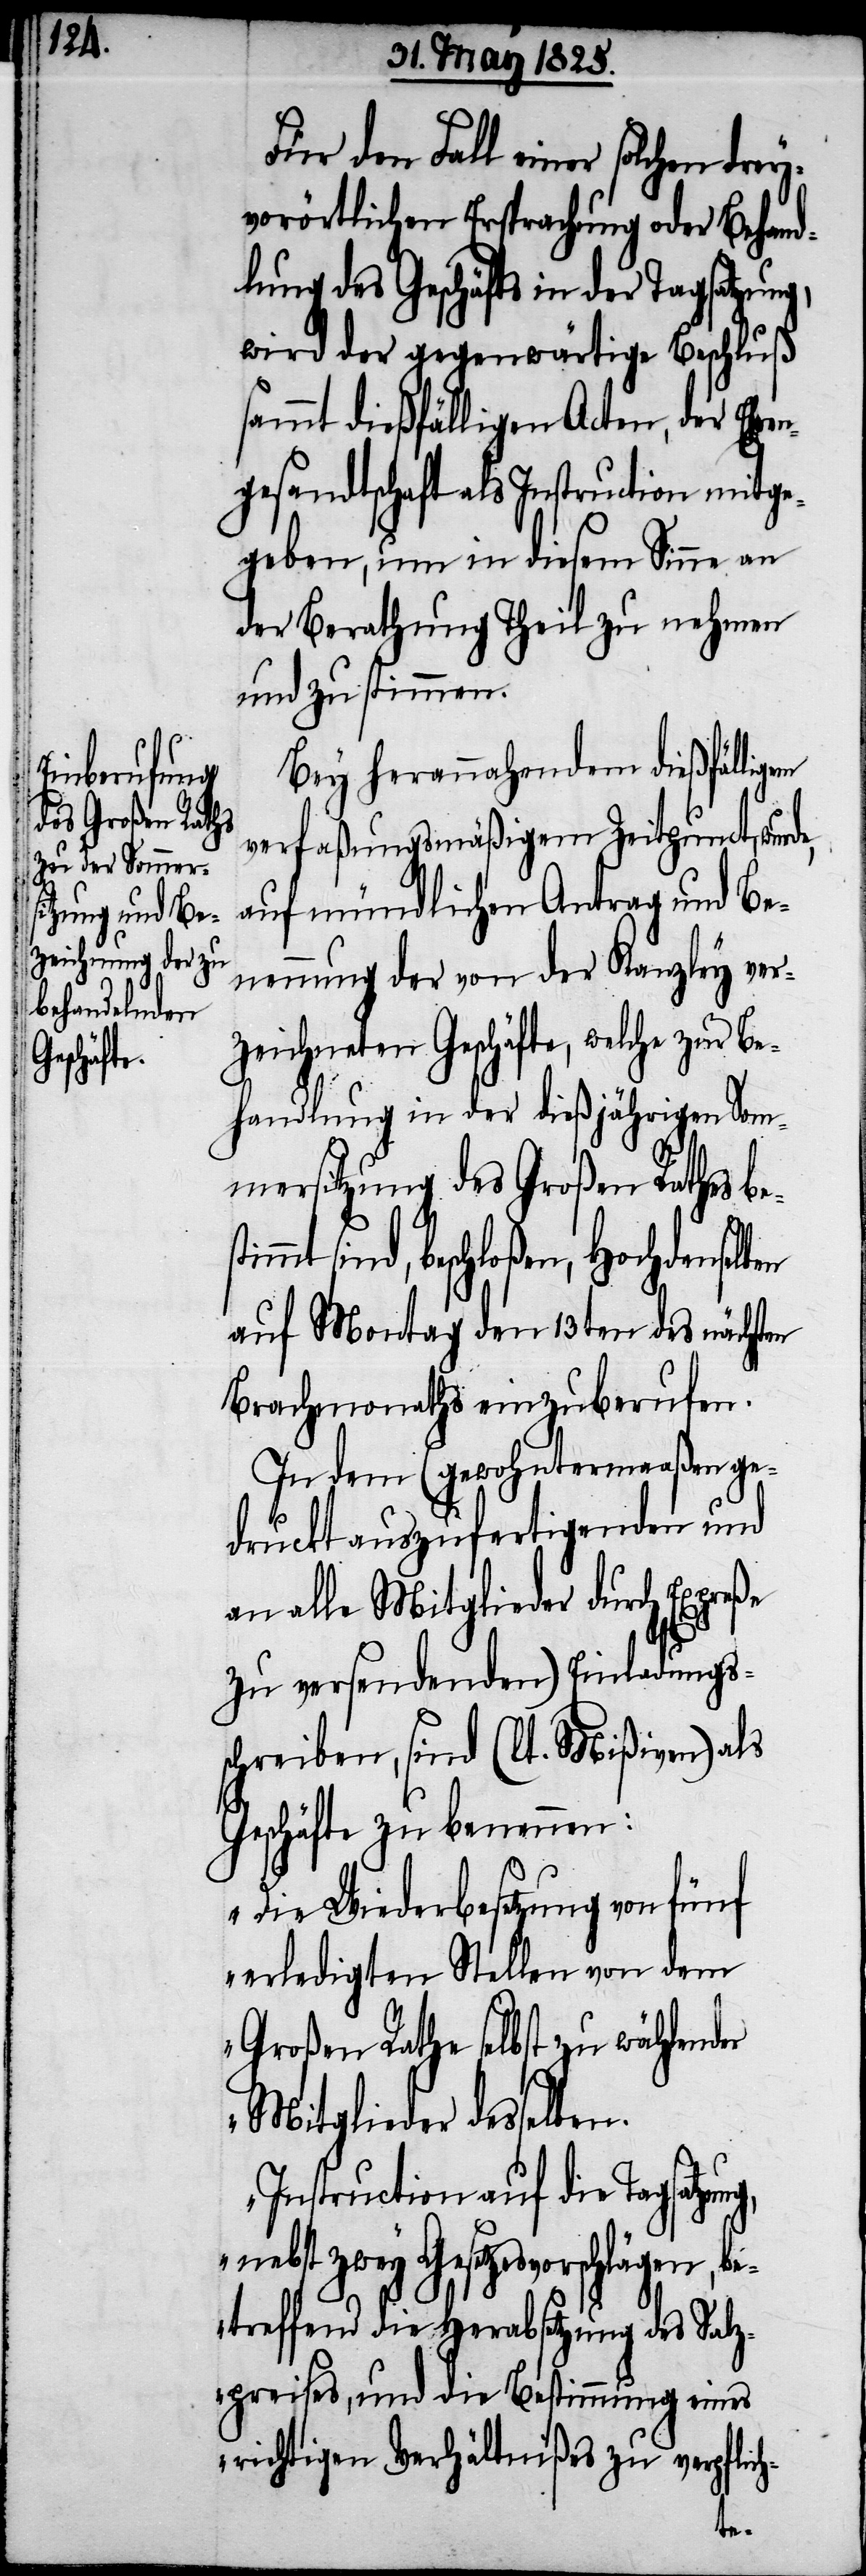
Für den Fall einer solchen
dreyörtlichen Ersprachung oder Behand¬
lung des Geschäfts in der Tagsatzung,
wird der gegenwärtige Beschluß
sammt dießfälligen Acten, der Ehre¬
ngesandtschaft als Instruction mitge¬
geben, um in diesem Sinne an
der Berathung Theil zu nehmen
und zu stimmen.
Bey herannahendem dießfälligem
verfaßungsmäßigem Zeitpunct, wur¬
auf mündlichen Antrag und Be¬
nennung der von der Kanzley ver¬
zeichneten Geschäfte, welche zur Be¬
handlung in der dießjährigen Som¬
mersitzung des Großen Rathes
sind, beschloßen, Hochdemselben
auf Montag den 13ten des nächsten
Brachmonaths einzuberufen.
In dem (gewohntermaßen ge¬
druckt auszufertigenden und
an alle Mitglieder durch Expreße
zu versendenden) Einladungss¬
chreiben, sind (lt. Mißiven) als
Geschäfte zu benennen:
„Die Wiederbesetzung von fünf
erledigten Stellen von dem
Großen Rathe selbst zu wählender
Mitglieder desselben.
Instruction auf die Tagsatzung,
etzesvorschlägen, b¬
etreffend die Herabsetzung des Salz¬
preises, und die Bestimmung eines
wichtigen Verhältnißes zu verpflic¬
h-